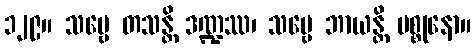
၁၂၉။ သဗ္ဗေ တသန္တိ ဒဏ္ဍဿ၊ သဗ္ဗေ ဘာယန္တိ မစ္စုနော။